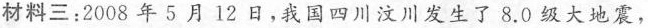
材料三：2008年5月12日，我国四川汶川发生了8.0级大地震，